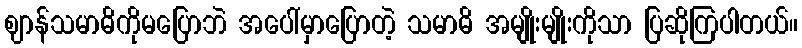
ဈာန်သမာဓိကိုမပြောဘဲ အပေါ်မှာပြောတဲ့ သမာဓိ အမျိုးမျိုးကိုသာ ပြဆိုကြပါတယ်။